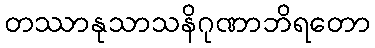
တဿာနုသာသနိဂုဏာဘိရတော